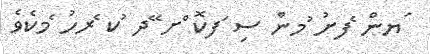
ަޔން ެފށު ުމން ސި ަފކޮ ްށ ޭދ ުކ ެރހު ެމކެވެ